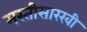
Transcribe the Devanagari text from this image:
मस्तीसारखी